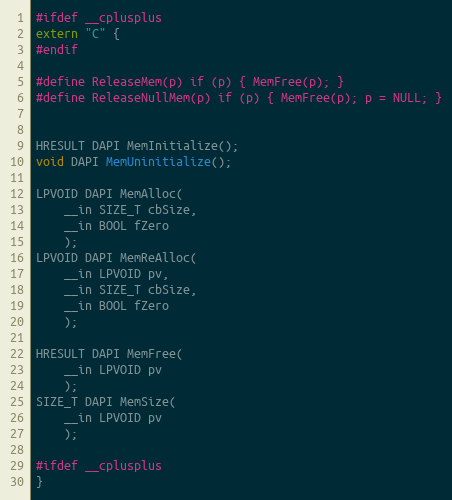
Language: C
#ifdef __cplusplus
extern "C" {
#endif

#define ReleaseMem(p) if (p) { MemFree(p); }
#define ReleaseNullMem(p) if (p) { MemFree(p); p = NULL; }

HRESULT DAPI MemInitialize();
void DAPI MemUninitialize();

LPVOID DAPI MemAlloc(
    __in SIZE_T cbSize,
    __in BOOL fZero
    );
LPVOID DAPI MemReAlloc(
    __in LPVOID pv,
    __in SIZE_T cbSize,
    __in BOOL fZero
    );

HRESULT DAPI MemFree(
    __in LPVOID pv
    );
SIZE_T DAPI MemSize(
    __in LPVOID pv
    );

#ifdef __cplusplus
}